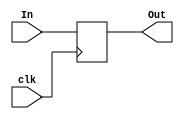
//17 dec, 10;52pm
module PC(clk,In,Out);
input clk;
input[31:0] In;
output[31:0] Out;
reg[31:0] Out;

initial
begin
#0 Out<=0;
end

always @(posedge clk)
Out<=In;
endmodule